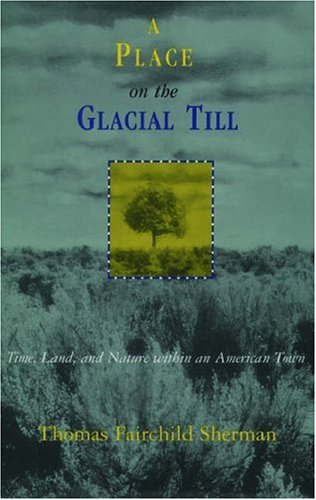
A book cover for A Place on the Glacial Till: Time, Land, and Nature Within an American Town; Thomas Fairchild Sherman; Travel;